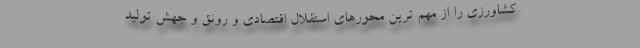
کشاورزی را از مهم ترین محورهای استقلال اقتصادی و رونق و جهش تولید